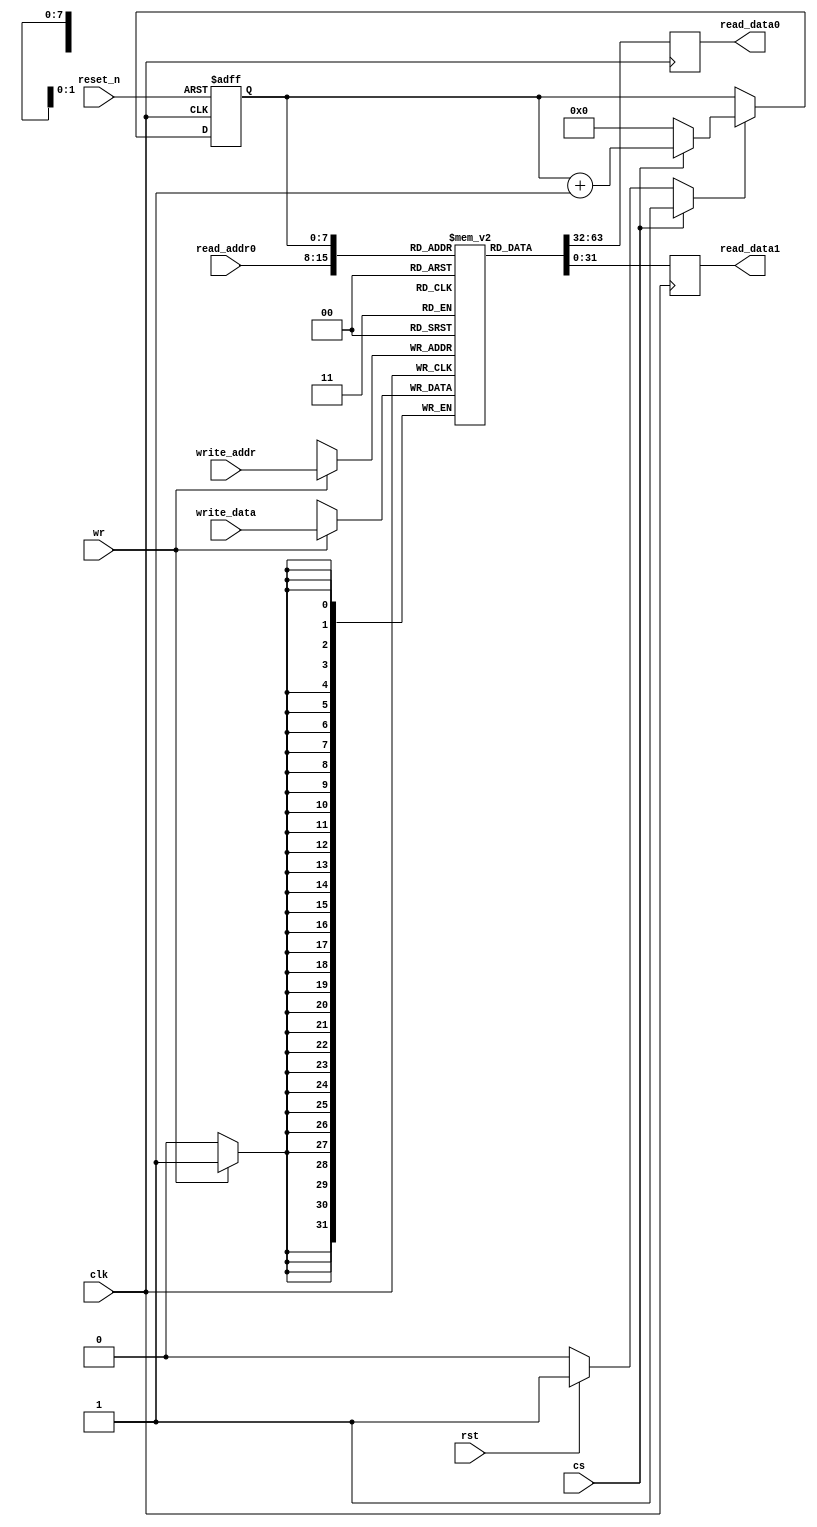
//======================================================================
//
// blockmem2r1wptr.v
// -----------------
// Synchronous block memory with two read ports and one write port.
// For port 1 the address is implicit and instead given by the
// internal pointer. But write address is explicitly given.
//
// The memory is used in the modexp core.
//
//
// NOTE: This memory needs to be rebuilt if interface 0 is changed
// to use bigger operand widths and fewer words than interface 1.
// This adaption is NOT automatic.
//
//
// Copyright (c) 2015, NORDUnet A/S All rights reserved.
//
// Redistribution and use in source and binary forms, with or without
// modification, are permitted provided that the following conditions are
// met:
// - Redistributions of source code must retain the above copyright notice,
//   this list of conditions and the following disclaimer.
//
// - Redistributions in binary form must reproduce the above copyright
//   notice, this list of conditions and the following disclaimer in the
//   documentation and/or other materials provided with the distribution.
//
// - Neither the name of the NORDUnet nor the names of its contributors may
//   be used to endorse or promote products derived from this software
//   without specific prior written permission.
//
// THIS SOFTWARE IS PROVIDED BY THE COPYRIGHT HOLDERS AND CONTRIBUTORS "AS
// IS" AND ANY EXPRESS OR IMPLIED WARRANTIES, INCLUDING, BUT NOT LIMITED
// TO, THE IMPLIED WARRANTIES OF MERCHANTABILITY AND FITNESS FOR A
// PARTICULAR PURPOSE ARE DISCLAIMED. IN NO EVENT SHALL THE COPYRIGHT
// HOLDER OR CONTRIBUTORS BE LIABLE FOR ANY DIRECT, INDIRECT, INCIDENTAL,
// SPECIAL, EXEMPLARY, OR CONSEQUENTIAL DAMAGES (INCLUDING, BUT NOT LIMITED
// TO, PROCUREMENT OF SUBSTITUTE GOODS OR SERVICES; LOSS OF USE, DATA, OR
// PROFITS; OR BUSINESS INTERRUPTION) HOWEVER CAUSED AND ON ANY THEORY OF
// LIABILITY, WHETHER IN CONTRACT, STRICT LIABILITY, OR TORT (INCLUDING
// NEGLIGENCE OR OTHERWISE) ARISING IN ANY WAY OUT OF THE USE OF THIS
// SOFTWARE, EVEN IF ADVISED OF THE POSSIBILITY OF SUCH DAMAGE.
//
//======================================================================

module blockmem2rptr1w #(parameter OPW = 32, parameter ADW = 8)
                      (
                       input wire                  clk,
                       input wire                  reset_n,

                       input wire  [(ADW - 1) : 0] read_addr0,
                       output wire [(OPW - 1) : 0] read_data0,

                       output wire [31 : 0]        read_data1,
                       input wire                  rst,
                       input wire                  cs,
                       input wire                  wr,
                       input wire  [07 : 0]        write_addr,
                       input wire  [31 : 0]        write_data
                      );


  //----------------------------------------------------------------
  // Memories and regs including update variables and write enable.
  //----------------------------------------------------------------
  reg [(OPW - 1) : 0] mem [0 : ((2**ADW) - 1)];
  reg [(OPW - 1) : 0] tmp_read_data0;
  reg [31 : 0]        tmp_read_data1;

  reg [7 : 0]         ptr_reg;
  reg [7 : 0]         ptr_new;
  reg                 ptr_we;


  //----------------------------------------------------------------
  // Concurrent connectivity for ports etc.
  //----------------------------------------------------------------
  assign read_data0 = tmp_read_data0;
  assign read_data1 = tmp_read_data1;


  //----------------------------------------------------------------
  // mem_update
  //
  // Clocked update of memory This should cause
  // the memory to be implemented as a block memory.
  //----------------------------------------------------------------
  always @ (posedge clk)
    begin : mem_update
      if (wr)
        mem[write_addr] <= write_data;

      tmp_read_data0 <= mem[read_addr0];
      tmp_read_data1 <= mem[ptr_reg];
    end


  //----------------------------------------------------------------
  // reg_update
  //----------------------------------------------------------------
  always @ (posedge clk or negedge reset_n)
    begin : reg_mem_update
      if (!reset_n)
        ptr_reg <= 8'h00;

      else
        if (ptr_we)
          ptr_reg <= ptr_new;
    end


  //----------------------------------------------------------------
  // ptr_logic
  //----------------------------------------------------------------
  always @*
    begin : ptr_logic
      ptr_new = 8'h00;
      ptr_we  = 1'b0;

      if (rst)
        begin
          ptr_new = 8'h00;
          ptr_we  = 1'b1;
        end

      if (cs)
        begin
          ptr_new = ptr_reg + 1'b1;
          ptr_we  = 1'b1;
        end
    end

endmodule // blockmem2r1wptr

//======================================================================
// EOF blockmem2r1wptr.v
//======================================================================